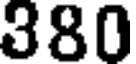
380